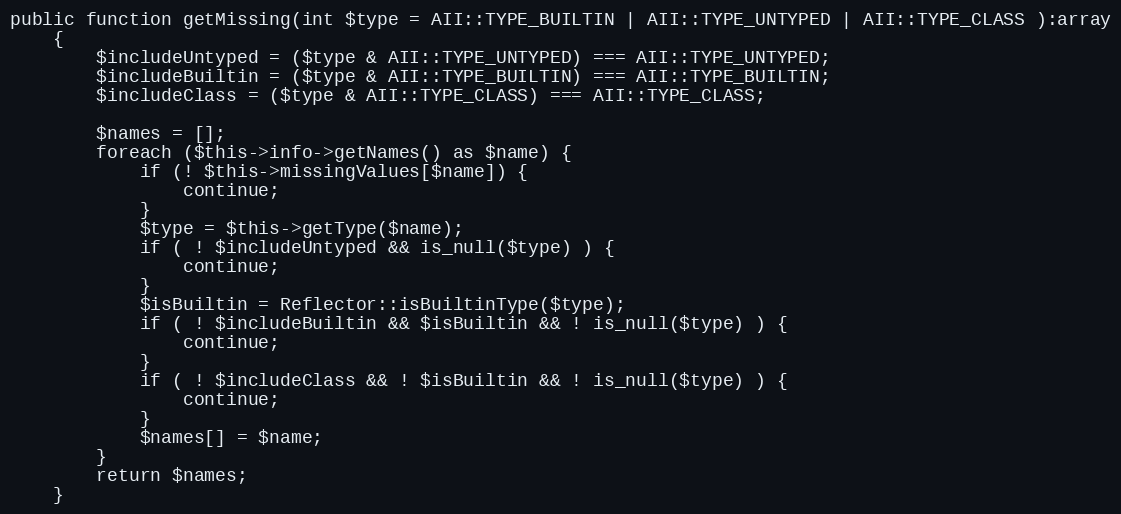
Language: PHP
public function getMissing(int $type = AII::TYPE_BUILTIN | AII::TYPE_UNTYPED | AII::TYPE_CLASS ):array
    {
        $includeUntyped = ($type & AII::TYPE_UNTYPED) === AII::TYPE_UNTYPED;
        $includeBuiltin = ($type & AII::TYPE_BUILTIN) === AII::TYPE_BUILTIN;
        $includeClass = ($type & AII::TYPE_CLASS) === AII::TYPE_CLASS;

        $names = [];
        foreach ($this->info->getNames() as $name) {
            if (! $this->missingValues[$name]) {
                continue;
            }
            $type = $this->getType($name);
            if ( ! $includeUntyped && is_null($type) ) {
                continue;
            }
            $isBuiltin = Reflector::isBuiltinType($type);
            if ( ! $includeBuiltin && $isBuiltin && ! is_null($type) ) {
                continue;
            }
            if ( ! $includeClass && ! $isBuiltin && ! is_null($type) ) {
                continue;
            }
            $names[] = $name;
        }
        return $names;
    }